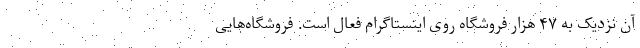
آن نزدیک به ۴۷ هزار فروشگاه روی اینستاگرام فعال است. فروشگاه‌هایی